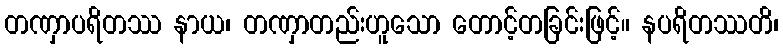
တဏှာပရိတဿ နာယ၊ တဏှာတည်းဟူသော တောင့်တခြင်းဖြင့်။ နပရိတဿတိ၊